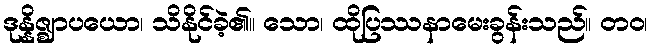
ဒုန္နိဇ္ဈာပယော၊ သိနိုင်ခဲ့၏။ သော၊ ထိုပြဿနာမေးခွန်းသည်။ တဝ၊